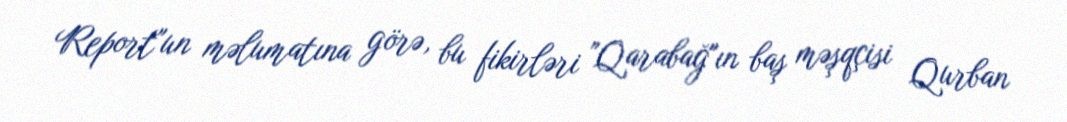
Report"un məlumatına görə, bu fikirləri "Qarabağ"ın baş məşqçisi Qurban